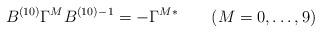
LaTeX: \begin{align*}B^{(10)}\Gamma^M B^{(10)}{}^{-1}=-\Gamma^M{}^* \qquad (M=0,\ldots, 9)\end{align*}